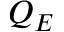
Q _ { E }